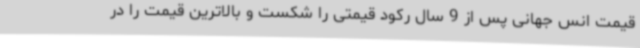
قیمت انس جهانی پس از 9 سال رکود قیمتی را شکست و بالاترین قیمت را در